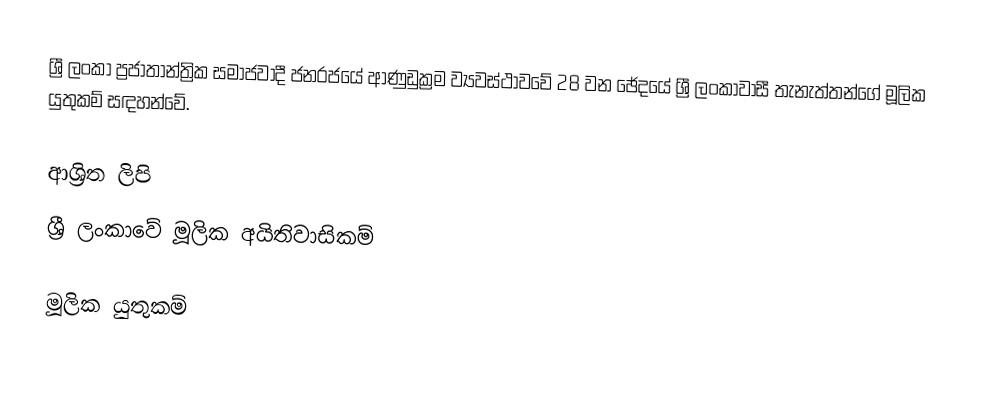
ශ්‍රී ලංකා ප්‍රජාතාන්ත්‍රික සමාජවාදී ජනරජයේ ආණුඩුක්‍රම ව්‍යවස්ථාවවේ 28 වන ඡේදයේ ශ්‍රී ලංකාවාසී තැනැත්තන්ගේ මූලික යුතුකම් සඳහන්වේ.

ආශ්‍රිත ලිපි
 ශ්‍රී ලංකාවේ මූලික අයිතිවාසිකම්

මූලික යුතුකම්